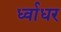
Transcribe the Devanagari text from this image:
र्ध्वाधर